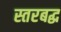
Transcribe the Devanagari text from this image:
स्तरबद्ध